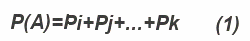
P(A)=Pі+Pj+...+Pk      (1)